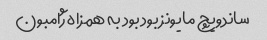
ساندویچ مایونز بود بود به همزاه ژامبون